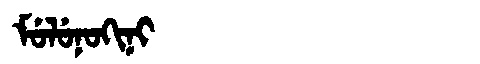
Manchu: ᠮᡠᠯᡠᠨᠣᡴᡳᠨᡳ
Romanization: MULUNOKINI